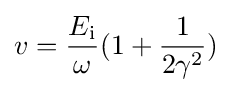
v={\frac {E_{\text{i}}}{\omega }}(1+{\frac {1}{2\gamma ^{2}}})